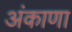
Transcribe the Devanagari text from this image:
अंकाणा